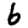
Digit: 6